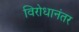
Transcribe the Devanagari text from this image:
विरोधानंतर